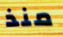
منذ